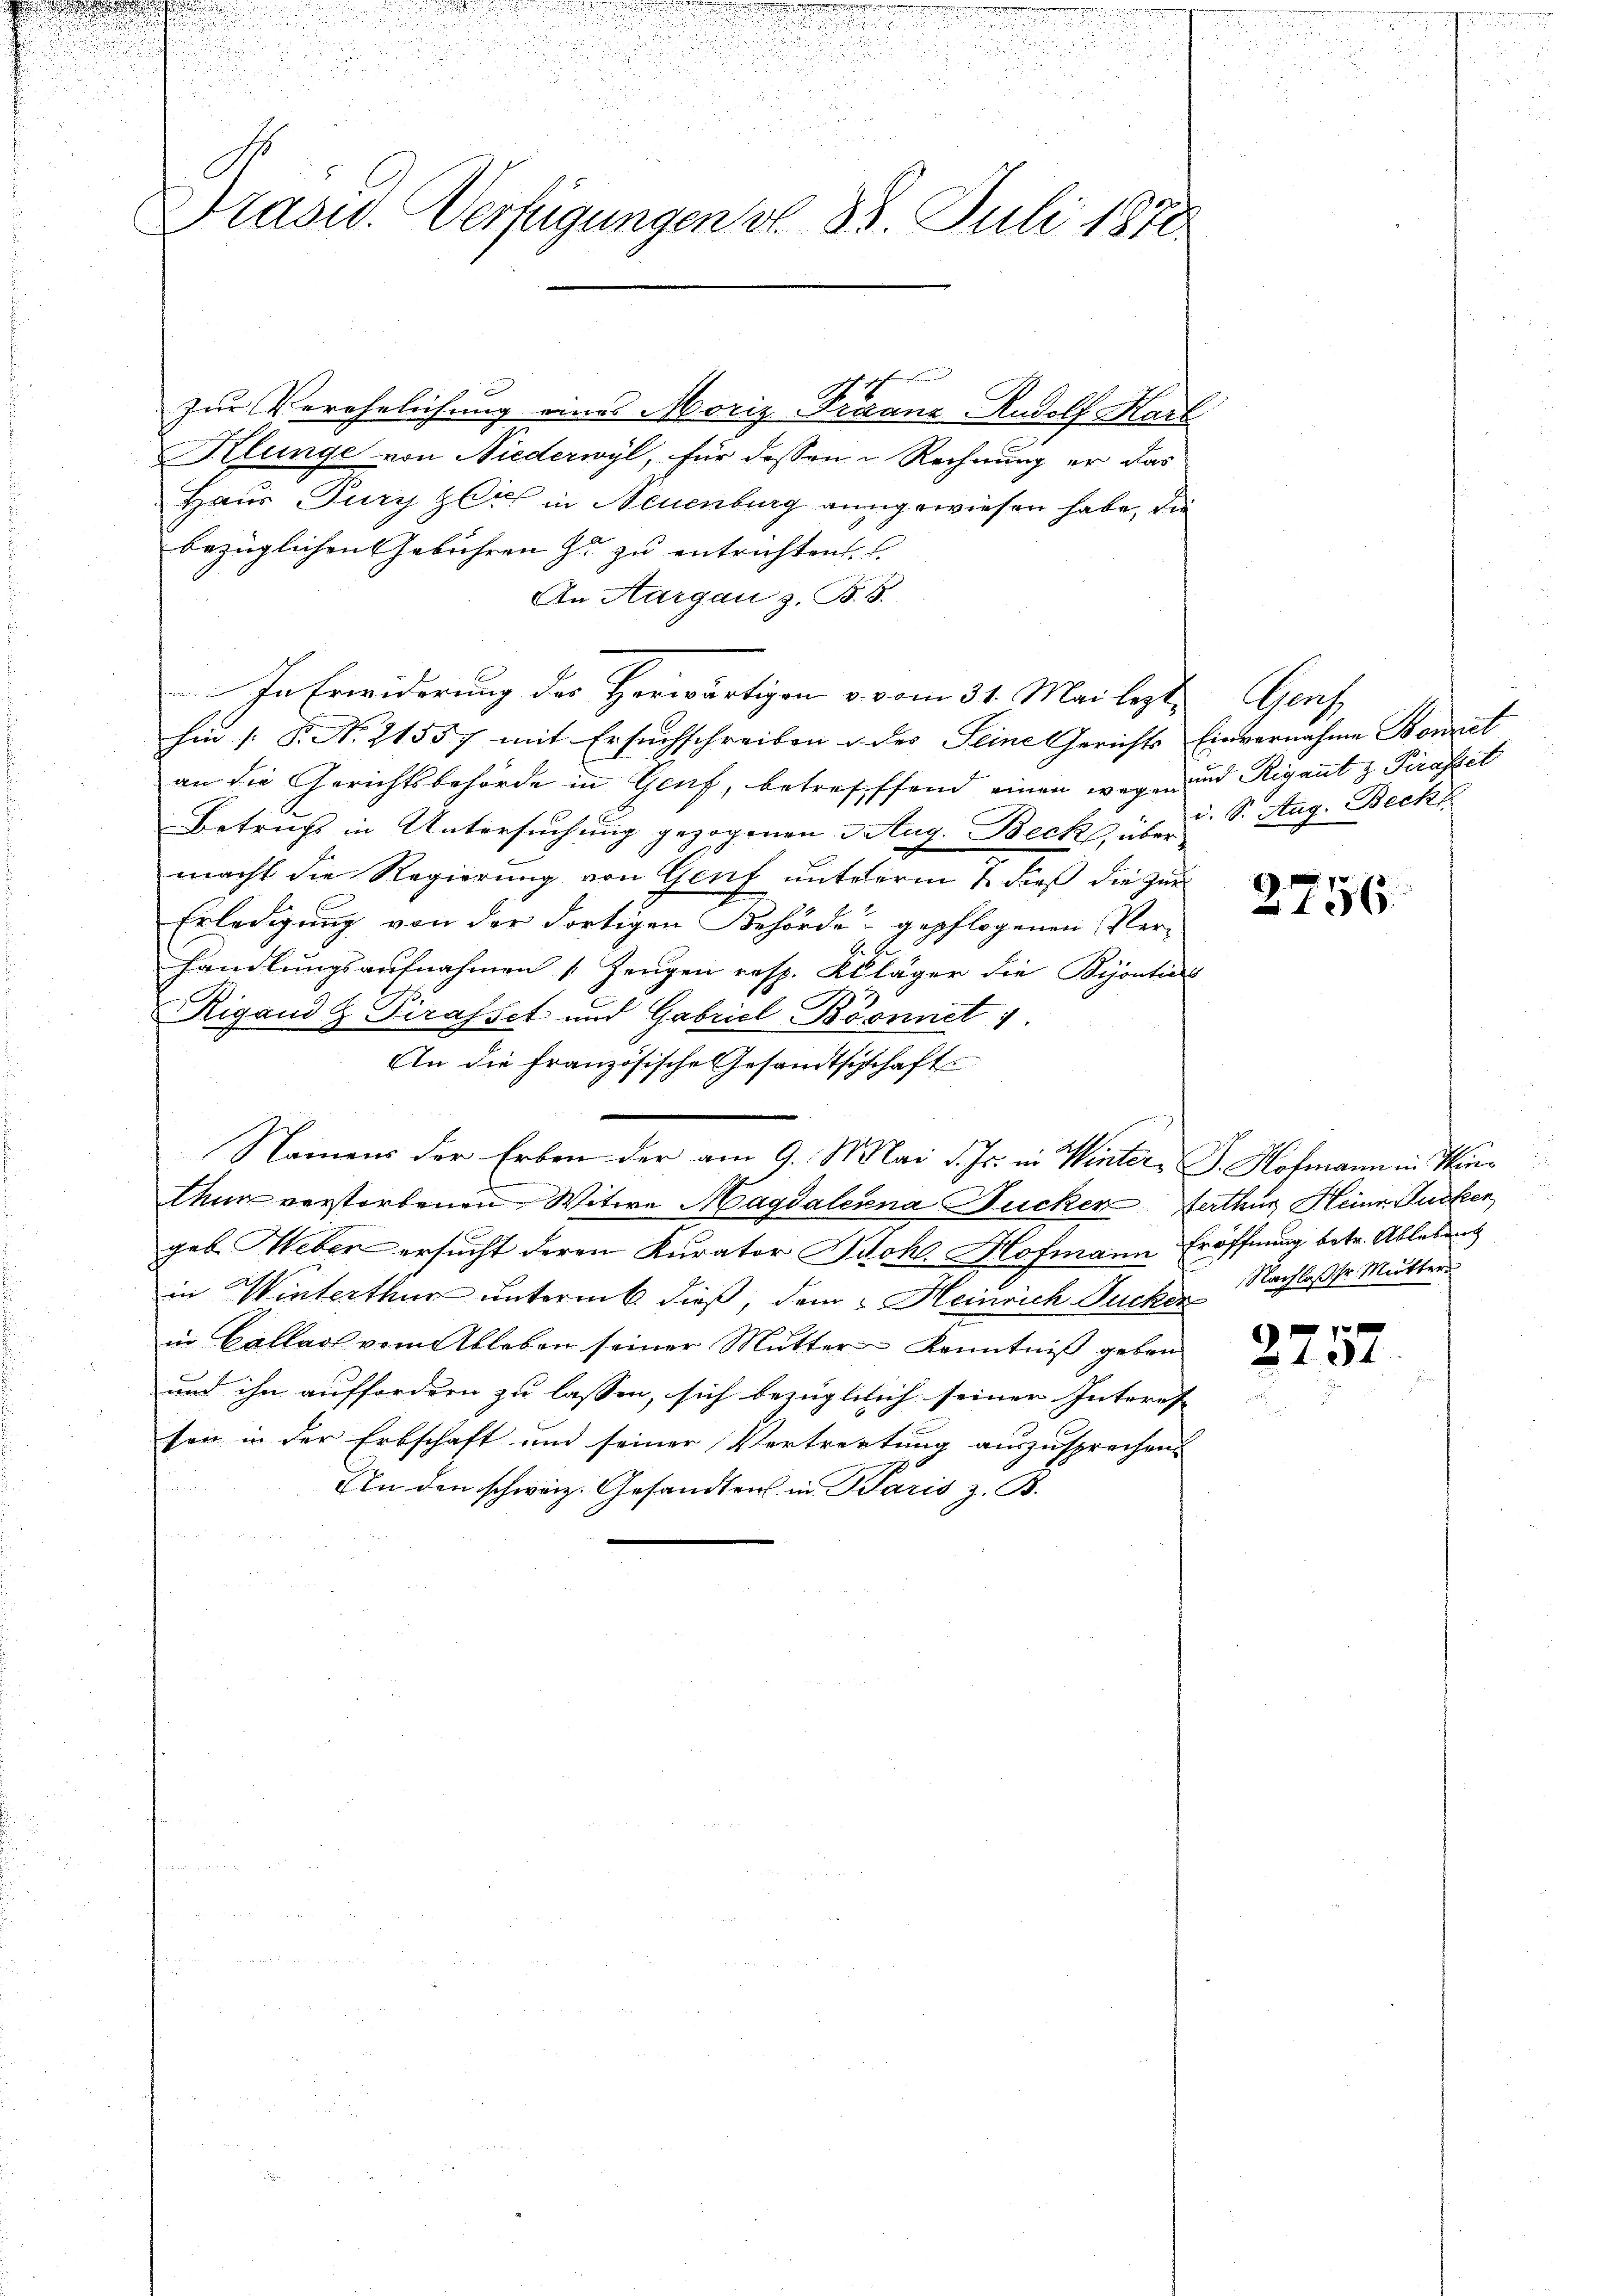
2

u
Brasid. Verfügungen v. 28. Juli 1878

zur Verehelichung eines Moriz-Fraanz- Rudolf Karl
Klunge von Niederwyl, für dassen Rechnung er das
Haus Jury zeich in Neuenburg angewiesen habe, die
bezüglichen Gebühren zu zu entrichten.
An Aargau z. B.
In Erwiderung des Herwärtigen v. vom 31. Mai lezt
hin 1. P. Nr. 21557 mit Ersuchschreiben & des Seine Gerichts Einvernahme Bonet
an die Gerichtsbehörde in Genf, betreffend einen wegen und Rigantz Pirasset
Betruchs in Untersuchung gezogenen 3 Aug. Becks, über S. Aug. Beck
macht die Regierung von Genf unterm 7. dieß die zur
Erledigung von der dortigen Behörde gepflogenen Ver-
handlungsaufnahmen „Zeugen resp. Kläger die Bijontie
Rigand Pirasset und Gabriel Brennet :
An die französische Gesandtschschaft
Namens der Erben der am 9. Mai d. Js. in Winter- J. Hofmann in Hin¬
Chur verstorbenen Witwe Magdalenna Rucker Ferthurn, Heinr. Gurken
geb. Heber ersucht deren Kurator Piohl. Hofmann Eröffnung betr. Ablebens
in Winterthur untermit dieß, dem Heinrich Jucker Nachlasser Mutter
in Callast vom Ableben seiner Mutter Kenntniß geben
und ihn auffordern zu lassen, sich bezüglilich seiner Interes
sen in der Erbschaft und seiner Vertrettung auszusprechen
An den schweiz. Gesandtens in Paris z. B.

.

Grf

2756.

x
2101.